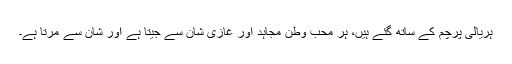
ہریالی پرچم کے ساتھ گئے ہیں، ہر محب وطن مجاہد اور غازی شان سے جیتا ہے اور شان سے مرتا ہے۔